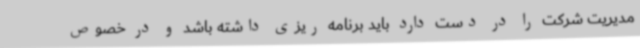
مدیریت شرکت را در دست دارد باید برنامه ریزی داشته باشد و در خصوص